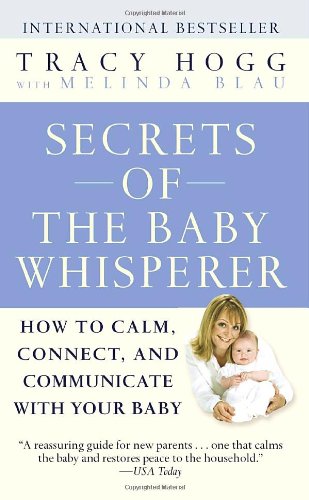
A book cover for Secrets of the Baby Whisperer: How to Calm, Connect, and Communicate with Your Baby; Tracy Hogg; Parenting & Relationships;